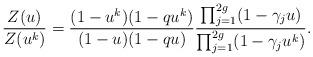
LaTeX: \begin{align*} \frac{Z(u)}{Z(u^k)} &= \frac{(1 - u^k)(1-qu^k)}{(1-u)(1-qu)}\frac{\prod_{j=1}^{2g} (1 - \gamma_j u )}{\prod_{j=1}^{2g} (1- \gamma_j u^k)}. \end{align*}